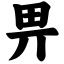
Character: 畀